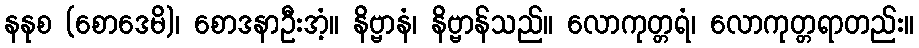
နနုစ (စောဒေမိ)၊ စောဒနာဦးအံ့။ နိဗ္ဗာနံ၊ နိဗ္ဗာန်သည်။ လောကုတ္တရံ၊ လောကုတ္တရာတည်း။